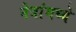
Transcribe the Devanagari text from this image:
नेत्रांमध्ये